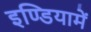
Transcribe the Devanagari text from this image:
इण्डियामें